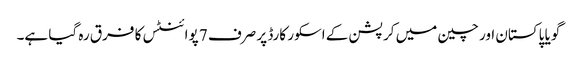
گویا پاکستان اور چین میں کرپشن کے اسکور کارڈ پر صرف 7 پوائنٹس کا فرق رہ گیا ہے۔